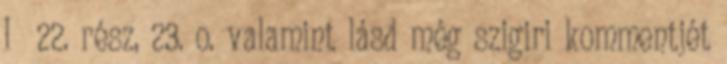
I 22. rész, 23. o. valamint lásd még szigiri kommentjét